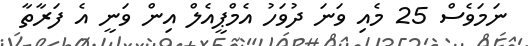
ނަމަވެސް 25 މެއި ވަނަ ދުވަހު އެމްޕީއެލް އިން ވަނީ އެ ފަރާތާ